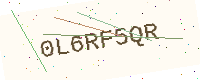
Text: 0L6RF5QR